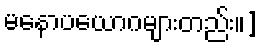
မနောပယောဂများတည်း။]